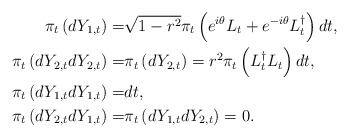
\begin{align*}\pi_t \left(dY_{1,t}\right) = & \sqrt{1 - r^2} \pi_t\left(e^{i\theta}L_t + e^{-i\theta}L_t^{\dagger}\right) dt, \\\pi_t \left(dY_{2,t}dY_{2,t}\right) = & \pi_t \left(dY_{2,t}\right) = r^2\pi_t\left(L^{\dagger}_t L_t\right) dt, \\\pi_t \left(dY_{1,t}dY_{1,t}\right) = & dt, \\\pi_t \left(dY_{2,t}dY_{1,t}\right) = & \pi_t \left(dY_{1,t}dY_{2,t}\right) = 0.\end{align*}